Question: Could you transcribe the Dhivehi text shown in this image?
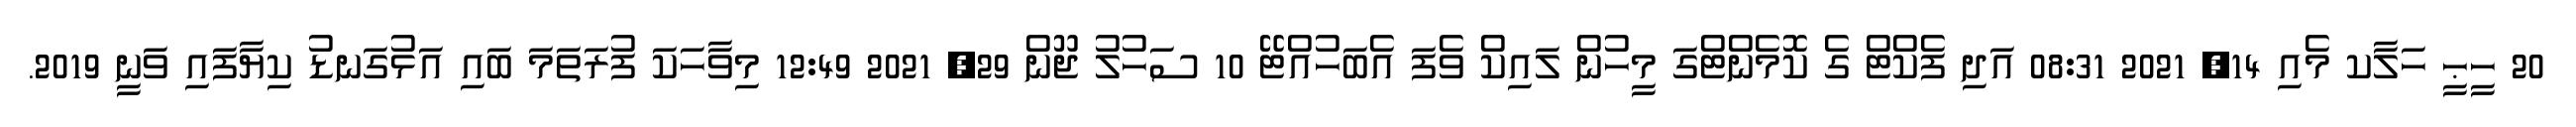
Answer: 20 ހީޙީ ހަލާކ މެއި 14, 2021 08:31 އަދި ފެކްޓް ގެ ކޮމެންޓްގަ މީހުން ލައިކް ވެފަ އެބަހުއްޓޭ 10 ސަހުލު ޖޫން 29, 2021 12:49 މިވާހަކަ ފުރަތަމަ ބައި އަޅުގަނޑު ކިޔާފައި ވަނީ 2019.